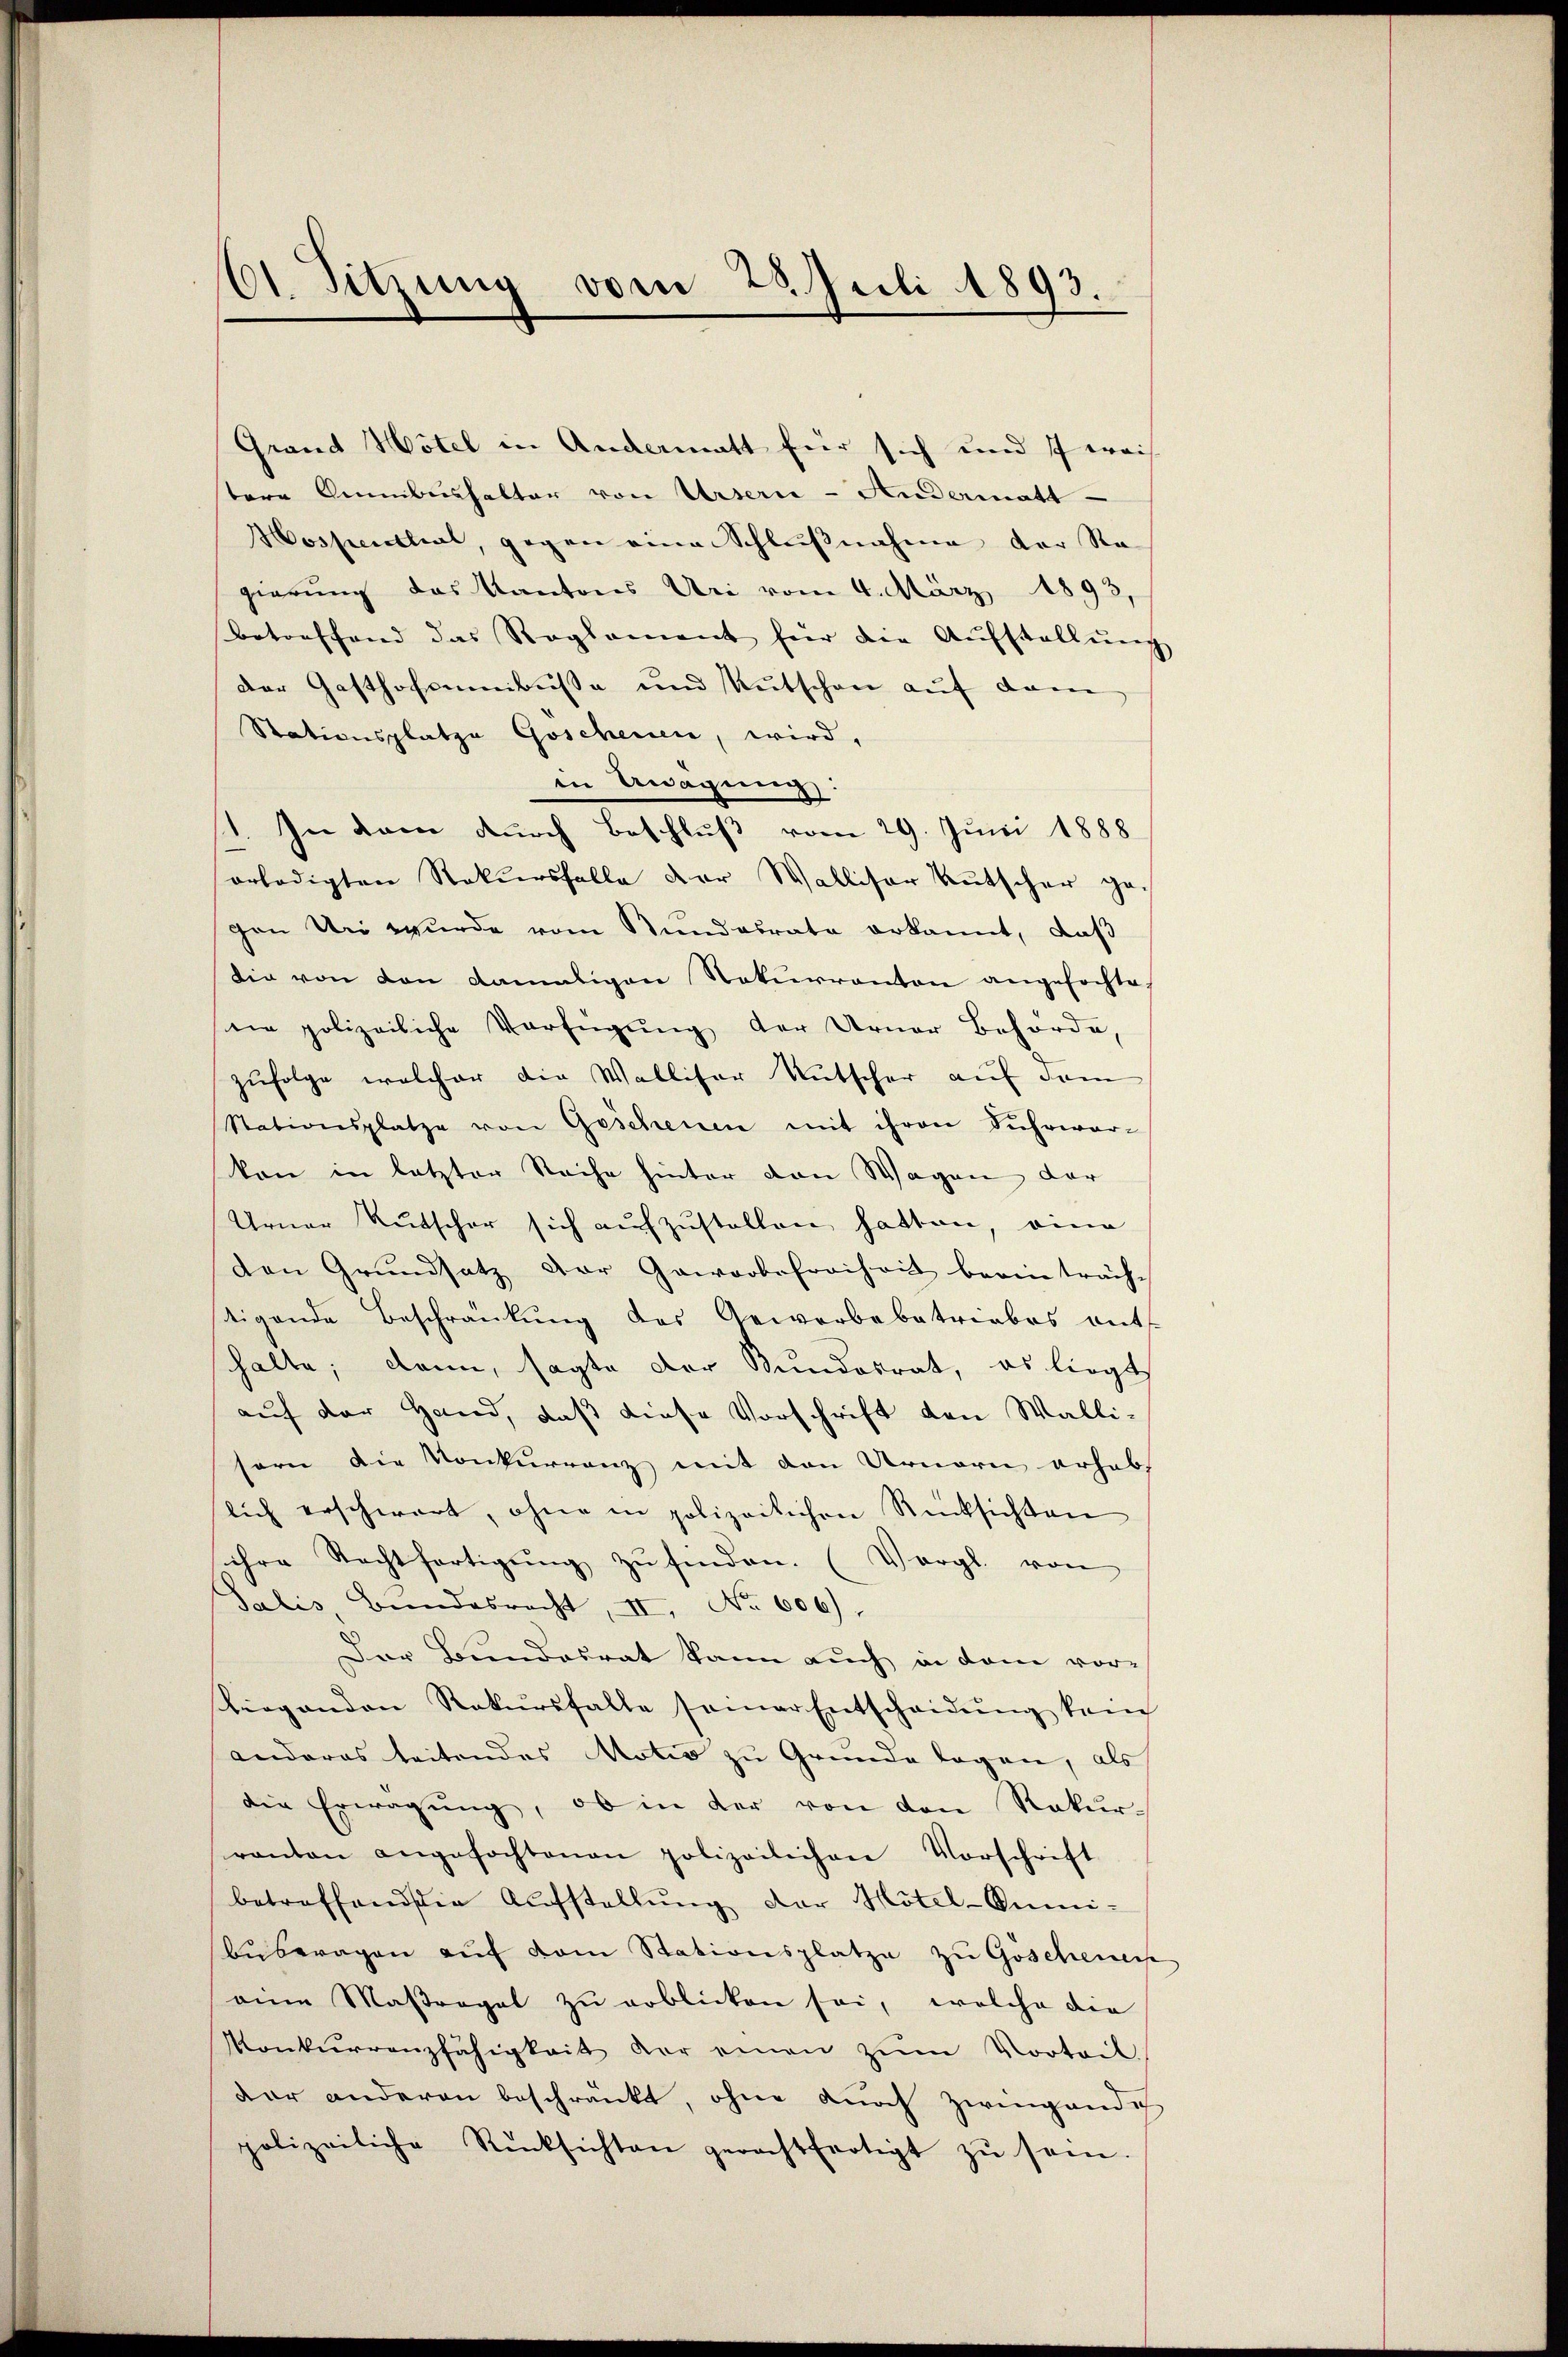
Grand Hotel in Andermatt für sich und 7 weis
tere Gemmbeshalter von Ursern - Andermatt
Hospettial, gegen eine Schlußnahme der Ra
gierung das Kantons Uri vom 4. März 1893,
betreffend das Reglement für die Aŭfstellŭng
der Gasthofenbusse und Kutschen auf dam
Stationsplatze Goscheinen, wird,
in Erwägung:
1. In dem durch Beschluß vom 29. Juni 1888
erledigten Rekursfalle der Walliser Kutscher gegen Uri wurde vom Bundesrate erkannt, daß
Die von den damaligen Nekŭrranton angefochte-
ne polizeiliche Verfügung der Urner Behörde,
zufolge welcher die Wallifer Mutscher auf dem
Stationsplatze von Gescheuen mit ihren Fuhrwar-
kon in letzter Rache hinter von Wagen der
Urner Rutscher sich aufzustellen hatten, eine
den Grundsatz der Geworbefreiheit beeinträch-
stigende Beschränkung des Gewerbebetriebes ent
halte; dann, sagte der Bundesrat, es liegt
auf der Hand, daß diese Vorschrift den Walli-
sern die Konkurrenz mit den Urnern erhab
lich erschwart, ohne in polizeilichen Rücksichten
ihre Rechtfertigŭng zŭ finden. (Vergl. von
Salis Bundesrecht, II, No 606).
Der Bundesrat kann auch in dem vor-
Liegenden Rekŭrsfalle seiner Entscheidŭng kam
anderes leitendes Motiv zu Grunde lagen, als
die Erwägung, ob in der von den Rekurranton angefochtenen polizeilichen Vorschrift
betreffend die Aŭfstellŭng der Mötel-Sumi-
buberagen auf dem Stationsplatze zu Göschener
eine Maßregel zu erblicken sei, welche die
Konkurrenzfähigkeit der einen zŭm Vorteil
dar anderen beschränkt, ohne durch Zwingendig
polizeiliche Rücksichten gerechtfertigt zŭ sein.

61 Sitzung vom 23. Juli 1893.